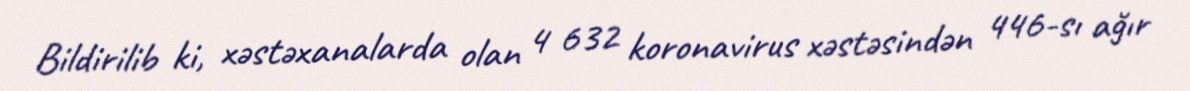
Bildirilib ki, xəstəxanalarda olan 4 632 koronavirus xəstəsindən 446-sı ağır